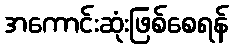
အကောင်းဆုံးဖြစ်စေရန်